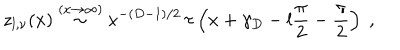
z _ { l , \nu } ( x ) \stackrel { ( x \rightarrow \infty ) } { \sim } x ^ { - ( D - 1 ) / 2 } \, \tau \left( x + \gamma _ { D } - l \frac { \pi } { 2 } - \frac { \pi } { 2 } \right) \; ,